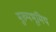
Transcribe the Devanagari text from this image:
मुख्यभूमिय